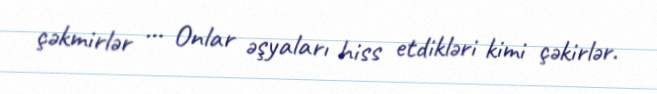
çəkmirlər … Onlar əşyaları hiss etdikləri kimi çəkirlər.